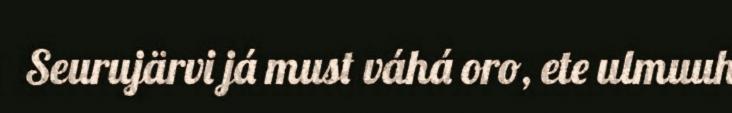
Seurujärvi já must váhá oro, ete ulmuuh